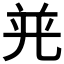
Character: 𭀤